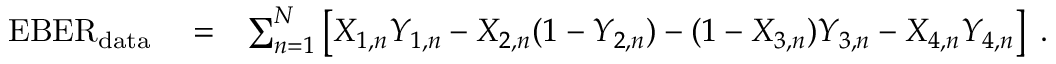
\begin{array} { r l r } { \mathrm { E B E R } _ { \mathrm { d a t a } } } & { { } = } & { \sum _ { n = 1 } ^ { N } \left[ X _ { 1 , n } Y _ { 1 , n } - X _ { 2 , n } ( 1 - Y _ { 2 , n } ) - ( 1 - X _ { 3 , n } ) Y _ { 3 , n } - X _ { 4 , n } Y _ { 4 , n } \right] \; . } \end{array}